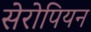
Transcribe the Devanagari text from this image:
सेरोपियन